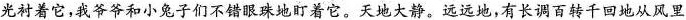
光衬着它，我爷爷和小兔子们不错眼珠地盯着它。天地大静。远远地，有长调百转千回地从风里